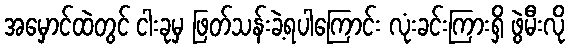
အမှောင်ထဲတွင် ငါးခုမှ ဖြတ်သန်းခဲ့ရပါကြောင်း လုံးခင်းကြားရှိ ဖွဲမီးလို